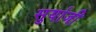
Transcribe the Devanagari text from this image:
सुर्याजी